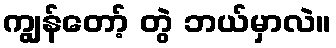
ကျွန်တော့် တွဲ ဘယ်မှာလဲ။